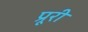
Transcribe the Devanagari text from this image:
प्रूरी